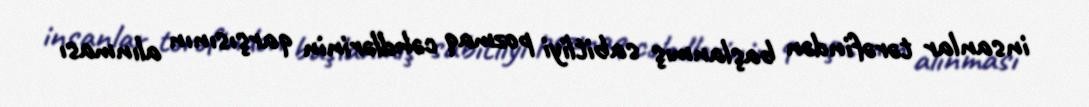
insanlar tərəfindən başlanmış sabitliyi pozmaq cəhdlərinin qarşısının alınması